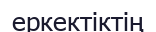
еркектіктің